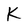
Character: K